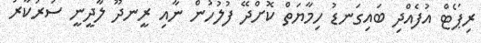
ރިޕޯޓް އުފެއްދި ބައިގަނޑު ހިމާޔަތް ކޮށްދޭ ފުލުހުން ނާއި ރީނދޫ ލާދީނީ ސަރުކާރު